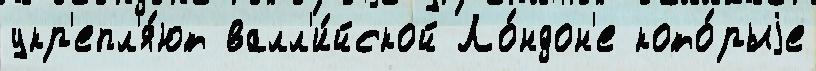
укр'епл'я́ют валл'и́йской Ло́ндон'е кото́рыjе